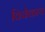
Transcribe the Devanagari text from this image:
विवेकाय